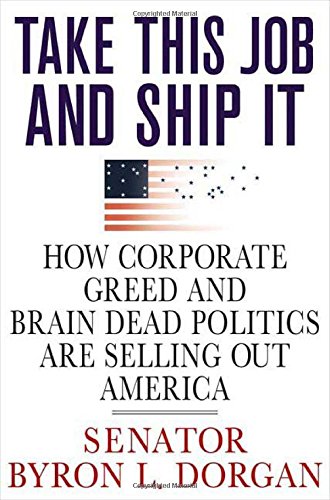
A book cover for Take This Job and Ship It: How Corporate Greed and Brain-Dead Politics Are Selling Out America; Byron L. Dorgan; Business & Money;